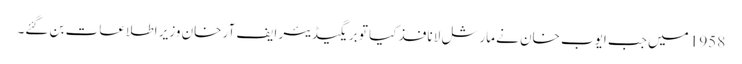
1958 میں جب ایوب خان نے مارشل لا نافذ کیا تو بریگیڈیئر ایف آر خان وزیر اطلاعات بن گئے۔